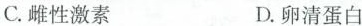
C.雌性激素 D.卵清蛋白